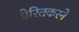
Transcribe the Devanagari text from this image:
प्रेरितकरने